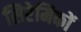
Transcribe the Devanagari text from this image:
सिरेमिकों